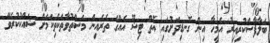
ބަލާފާސްކުރިއިރު އެމީހާ އިން ގޮނޑިދަށުގައި އޮތް ޓިޝޫ އެއްގެ ތެރެއިން މަސްތުވާތަކެތިކަމަށް ޝައްކުކުރެވޭ